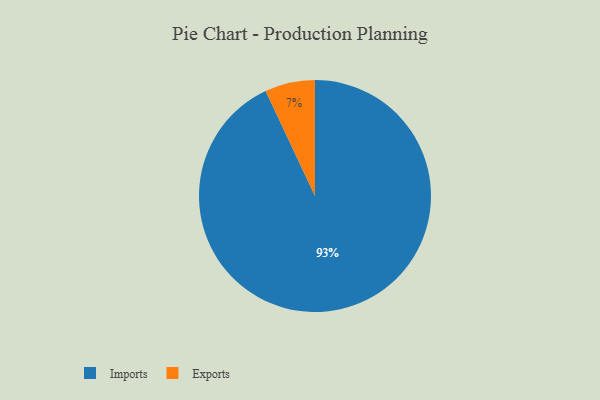
{"axis": {"x": "Category", "y": "Percentage"}, "legend": ["Exports", "Imports"], "data": [{"x": "Exports", "y": 7, "type": "Exports"}, {"x": "Imports", "y": 93, "type": "Imports"}]}